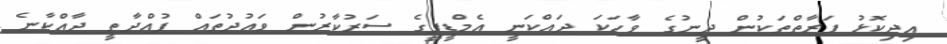
އިދިކޮޅު ފަރާތްތަކުން ދީނުގެ ވާހަކަ ދައްކަނީ އެމްޑީޕީގެ ސަރުކާރުން ވައުދުތައް ފުއްދާތީ ދާއްކާނެ